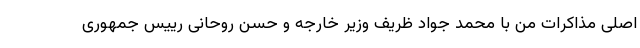
اصلی مذاکرات من با محمد جواد ظریف وزیر خارجه و حسن روحانی رییس جمهوری